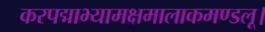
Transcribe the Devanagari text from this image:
करपद्माभ्यामक्षमालाकमण्डलू।